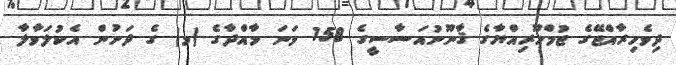
ދިވެހިރާއްޖޭގެ ޖުމްހޫރިއްޔާގެ ޤާނޫނުއަސާސީގެ 158 ވަނަ މާއްދާގެ (މ) ގެ ދަށުން އެކުލަވާލާ